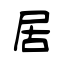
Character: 居